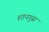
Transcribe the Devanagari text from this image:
शानगुस